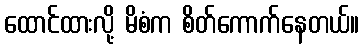
ထောင်ထားလို့ မိစံက စိတ်ကောက်နေတယ်။